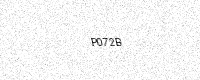
Text: P072B